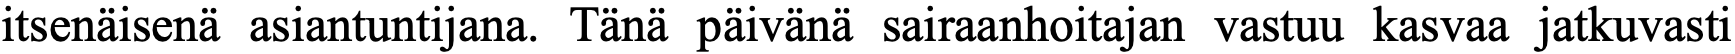
itsenäisenä asiantuntijana. Tänä päivänä sairaanhoitajan vastuu kasvaa jatkuvasti